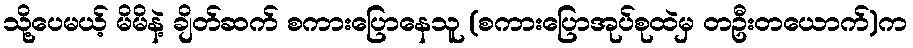
သို့ပေမယ့် မိမိနဲ့ ချိတ်ဆက် စကားပြောနေသူ (စကားပြောအုပ်စုထဲမှ တဦးတယောက်)က